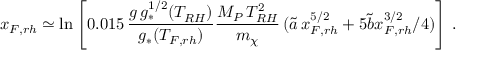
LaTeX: x _ { F , r h } \simeq \ln \left[ 0 . 0 1 5 \, \frac { g \, g _ { * } ^ { 1 / 2 } ( T _ { R H } ) } { g _ { * } ( T _ { F , r h } ) } \frac { M _ { P } \, T _ { R H } ^ { 2 } } { m _ { \chi } } \, ( \tilde { a } \, x _ { F , r h } ^ { 5 / 2 } + 5 \tilde { b } x _ { F , r h } ^ { 3 / 2 } / 4 ) \right] \, .